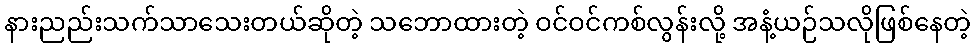
နားညည်းသက်သာသေးတယ်ဆိုတဲ့ သဘောထားတဲ့ ဝင်ဝင်ကစ်လွန်းလို့ အနံ့ယဉ်သလိုဖြစ်နေတဲ့